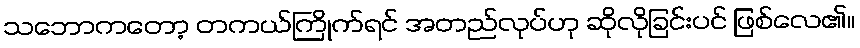
သဘောကတော့ တကယ်ကြိုက်ရင် အတည်လုပ်ဟု ဆိုလိုခြင်းပင် ဖြစ်လေ၏။